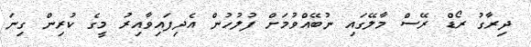
ދިރާގު ރޯޑް ރޭސް މާލޭގައި ނުބޭއްވުމަށް ފުލުހުން އެދިފައިވާއިރު މީގެ ކުރިން ގިނަ